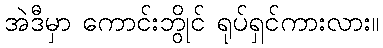
အဲဒီမှာ ကောင်းဘွိုင် ရုပ်ရှင်ကားလား။